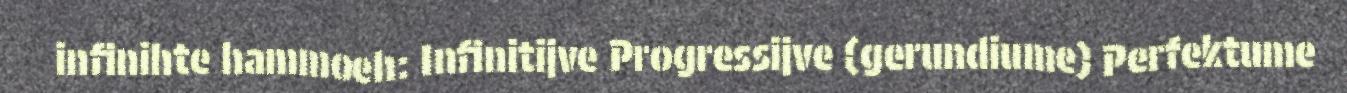
infinihte hammoeh: Infinitijve Progressijve (gerundiume) Perfektume